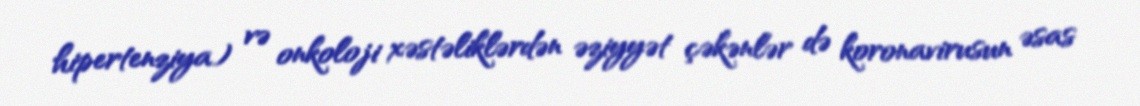
hipertenziya) və onkoloji xəstəliklərdən əziyyət çəkənlər də koronavirusun əsas